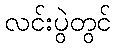
လင်းပွဲတွင်